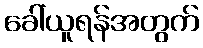
ခေါ်ယူရန်အတွက်